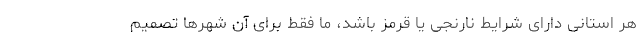
هر استانی دارای شرایط نارنجی یا قرمز باشد، ما فقط برای آن شهرها تصمیم